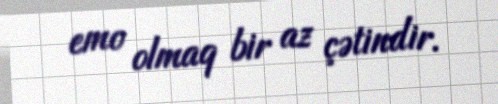
emo olmaq bir az çətindir.